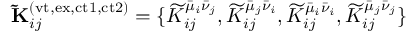
\mathbf { \widetilde { K } } _ { i j } ^ { ( \mathrm { v t , e x , c t 1 , c t 2 } ) } = \{ \widetilde { K } _ { i j } ^ { \bar { \mu } _ { i } \bar { \nu } _ { j } } , \widetilde { K } _ { i j } ^ { \bar { \mu } _ { j } \bar { \nu } _ { i } } , \widetilde { K } _ { i j } ^ { \bar { \mu } _ { i } \bar { \nu } _ { i } } , \widetilde { K } _ { i j } ^ { \bar { \mu } _ { j } \bar { \nu } _ { j } } \}